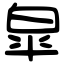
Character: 皐